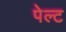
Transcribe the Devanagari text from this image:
पेल्ट